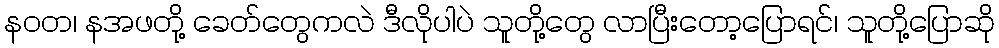
နဝတ၊ နအဖတို့ ခေတ်တွေကလဲ ဒီလိုပါပဲ သူတို့တွေ လာပြီးတော့ပြောရင်၊ သူတို့ပြောဆို